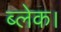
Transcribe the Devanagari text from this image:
ब्लेक।